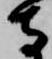
寺